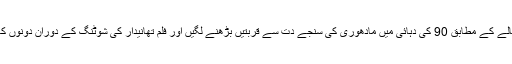
ایک بھارتی رسالے کے مطابق 90 کی دہائی میں مادھوری کی سنجے دت سے قربتیں بڑھنے لگیں اور فلم تھانیدار کی شوٹنگ کے دوران دونوں کافی قریب آگئے۔